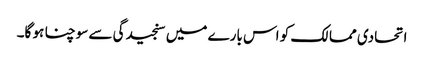
اتحادی ممالک کو اس بارے میں سنجیدگی سے سوچنا ہو گا۔